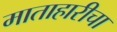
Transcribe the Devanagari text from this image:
माताहारीचा